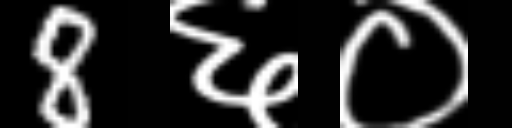
Text: 8६०